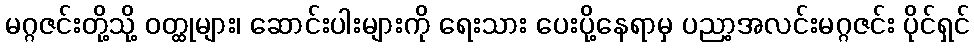
မဂ္ဂဇင်းတို့သို့ ဝတ္ထုများ၊ ဆောင်းပါးများကို ရေးသား ပေးပို့နေရာမှ ပညာ့အလင်းမဂ္ဂဇင်း ပိုင်ရှင်